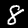
Label: 8